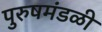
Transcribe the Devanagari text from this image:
पुरुषमंडळी